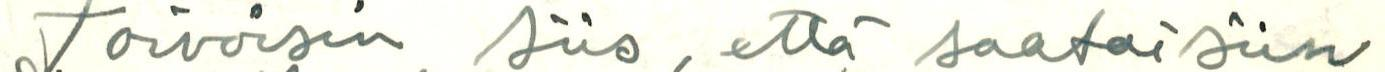
toivoisin siis, että saataisiin